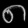
Digit: ၈